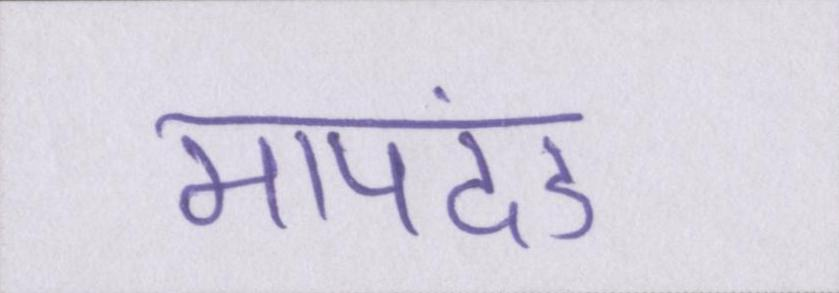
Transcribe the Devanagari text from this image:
मापदंड